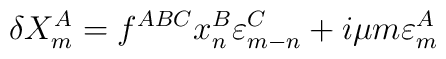
\delta X^A_m = f^{ABC} x^B_n \varepsilon^C_{m-n} + i \mu m\varepsilon^A_m